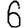
Digit: 6